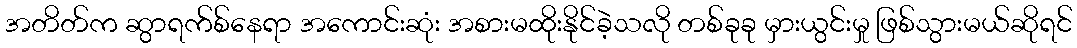
အတိတ်က ဆွာရက်စ်နေရာ အကောင်းဆုံး အစားမထိုးနိုင်ခဲ့သလို တစ်ခုခု မှားယွင်းမှု ဖြစ်သွားမယ်ဆိုရင်